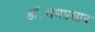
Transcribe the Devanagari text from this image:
डॉ॰रामप्रसाद